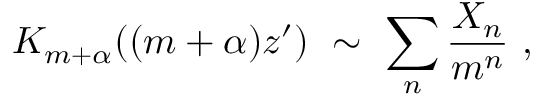
K _ { m + \alpha } ( ( m + \alpha ) z ^ { \prime } ) \ \sim \ \sum _ { n } \frac { X _ { n } } { m ^ { n } } \ ,